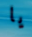
يا